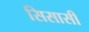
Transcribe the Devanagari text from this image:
सिसासी